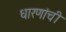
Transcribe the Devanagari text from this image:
धारणांची